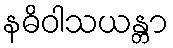
နဓိဝါသယန္တာ